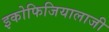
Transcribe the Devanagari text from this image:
इकोफिजियालाजी